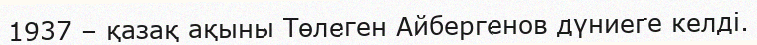
1937 – қазақ ақыны Төлеген Айбергенов дүниеге келді.